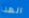
الهذا